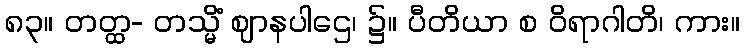
၈၃။ တတ္ထ- တသ္မိံ ဈာနပါဌေ၊ ၌။ ပီတိယာ စ ဝိရာဂါတိ၊ ကား။